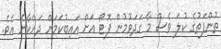
ތުންފަތުގެ ކުލަ ވެސް މާ ގަދަވުމުން ފޮޓޯ އަށް އައިބުކަމަށް ދައްކާނެ އެވެ.